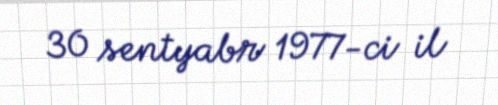
30 sentyabr 1977-ci il